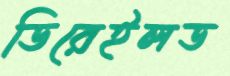
ডিরেইলড